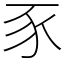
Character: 豕